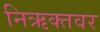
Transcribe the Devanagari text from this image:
निऋक्तवर